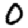
Digit: 0